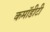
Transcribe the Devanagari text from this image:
कमॉडीटी